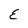
Character: E